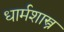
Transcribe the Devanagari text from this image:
धार्मशास्त्र